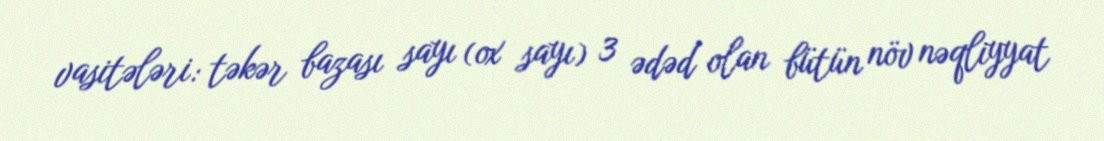
vasitələri: təkər bazası sayı (ox sayı) 3 ədəd olan bütün növ nəqliyyat